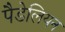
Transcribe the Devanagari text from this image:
पैडेलियन